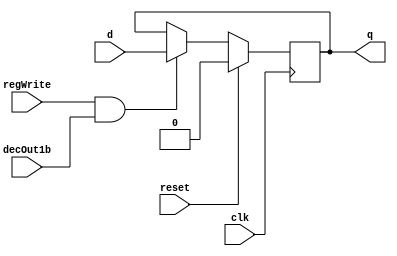
module D_ff( input clk, input reset, input regWrite, input decOut1b , input d, output reg q);
    always @ (negedge clk)
    begin
    if(reset==1)
        q=0;
    else
        if(regWrite == 1 && decOut1b==1)
        begin
            q=d;
        end
    end
endmodule

//D flip flip for Instruction Memory
module D_ff_IM(input clk, input reset, input d, output reg q);
	always@(reset or posedge clk)
	if(reset)
		q=d;
endmodule


// select 0 = in0 1 = in1
module mux2to1_5bit(input [4:0] in0, input [4:0] in1, input select, output reg [4:0] muxOut);
  always@(in0 or in1 or select)
  begin
    if(select == 1'b0)
      muxOut = in0;

    else if(select == 1'b1)
      muxOut = in1;
  end
endmodule

// select 0 = in0 1 = in1
module mux2to1_32bit(input [31:0] in0, input [31:0] in1, input select, output reg [31:0] muxOut);
  always@(in0 or in1 or select)
  begin
    if(select == 1'b0)
      muxOut = in0;

	else if(select == 1'b1)
      muxOut = in1;
  end
endmodule

module mux32to1_32bit(input[31:0] in0, input[31:0] in1, input[31:0] in2, input[31:0] in3, input[31:0] in4, input[31:0] in5, input[31:0] in6, input[31:0] in7,
    input[31:0] in8, input[31:0] in9, input[31:0] in10, input[31:0] in11, input[31:0] in12, input[31:0] in13, input[31:0] in14, input[31:0] in15,
    input[31:0] in16, input[31:0] in17, input[31:0] in18, input[31:0] in19, input[31:0] in20, input[31:0] in21, input[31:0] in22, input[31:0] in23,
    input[31:0] in24, input[31:0] in25, input[31:0] in26, input[31:0] in27, input[31:0] in28, input[31:0] in29, input[31:0] in30, input[31:0] in31,
    input[4:0] select,output reg[31:0] muxOut);
  
   always@(in0 or in1 or in2 or in3 or in4 or in5 or in6 or in7 or in8 or in9 or in10 or in11 or in12
      or in13 or in14 or in15 or in16 or in17 or in18 or in19 or in20 or in21 or in22 or in23 or in24
       or in25 or in26 or in27 or in28 or in29 or in30 or in31 or select)
   begin
      case(select)
        5'b00000: begin muxOut = in0; end
        5'b00001: begin muxOut = in1; end
        5'b00010: begin muxOut = in2; end
        5'b00011: begin muxOut = in3; end
        5'b00100: begin muxOut = in4; end
        5'b00101: begin muxOut = in5; end
        5'b00110: begin muxOut = in6; end
        5'b00111: begin muxOut = in7; end
        5'b01000: begin muxOut = in8; end
        5'b01001: begin muxOut = in9; end
        5'b01010: begin muxOut = in10; end
        5'b01011: begin muxOut = in11; end
        5'b01100: begin muxOut = in12; end
        5'b01101: begin muxOut = in13; end
        5'b01110: begin muxOut = in14; end
        5'b01111: begin muxOut = in15; end
        5'b10000: begin muxOut = in16; end
        5'b10001: begin muxOut = in17; end
        5'b10010: begin muxOut = in18; end
        5'b10011: begin muxOut = in19; end
        5'b10100: begin muxOut = in20; end
        5'b10101: begin muxOut = in21; end
        5'b10110: begin muxOut = in22; end
        5'b10111: begin muxOut = in23; end
        5'b11000: begin muxOut = in24; end
        5'b11001: begin muxOut = in25; end
        5'b11010: begin muxOut = in26; end
        5'b11011: begin muxOut = in27; end
        5'b11100: begin muxOut = in28; end
        5'b11101: begin muxOut = in29; end
        5'b11110: begin muxOut = in30; end
        5'b11111: begin muxOut = in31; end
      endcase
    end
endmodule

// mux to be used in Instruction Memory and Data Memory
module mux128to1_IM_DM(input [7:0] in0,   input [7:0] in1,   input [7:0] in2,   input [7:0] in3,
                    input [7:0] in4,   input [7:0] in5,   input [7:0] in6,   input [7:0] in7,
                    input [7:0] in8,   input [7:0] in9,   input [7:0] in10,  input [7:0] in11,
                    input [7:0] in12,  input [7:0] in13,  input [7:0] in14,  input [7:0] in15,
                    input [7:0] in16,  input [7:0] in17,  input [7:0] in18,  input [7:0] in19,
                    input [7:0] in20,  input [7:0] in21,  input [7:0] in22,  input [7:0] in23,
                    input [7:0] in24,  input [7:0] in25,  input [7:0] in26,  input [7:0] in27,
                    input [7:0] in28,  input [7:0] in29,  input [7:0] in30,  input [7:0] in31,
                    input [7:0] in32,  input [7:0] in33,  input [7:0] in34,  input [7:0] in35,
                    input [7:0] in36,  input [7:0] in37,  input [7:0] in38,  input [7:0] in39,
                    input [7:0] in40,  input [7:0] in41,  input [7:0] in42,  input [7:0] in43,
                    input [7:0] in44,  input [7:0] in45,  input [7:0] in46,  input [7:0] in47,
                    input [7:0] in48,  input [7:0] in49,  input [7:0] in50,  input [7:0] in51,
                    input [7:0] in52,  input [7:0] in53,  input [7:0] in54,  input [7:0] in55,
                    input [7:0] in56,  input [7:0] in57,  input [7:0] in58,  input [7:0] in59,
                    input [7:0] in60,  input [7:0] in61,  input [7:0] in62,  input [7:0] in63,
                    input [7:0] in64,  input [7:0] in65,  input [7:0] in66,  input [7:0] in67,
                    input [7:0] in68,  input [7:0] in69,  input [7:0] in70,  input [7:0] in71,
                    input [7:0] in72,  input [7:0] in73,  input [7:0] in74,  input [7:0] in75,
                    input [7:0] in76,  input [7:0] in77,  input [7:0] in78,  input [7:0] in79,
                    input [7:0] in80,  input [7:0] in81,  input [7:0] in82,  input [7:0] in83,
                    input [7:0] in84,  input [7:0] in85,  input [7:0] in86,  input [7:0] in87,
                    input [7:0] in88,  input [7:0] in89,  input [7:0] in90,  input [7:0] in91,
                    input [7:0] in92,  input [7:0] in93,  input [7:0] in94,  input [7:0] in95,
                    input [7:0] in96,  input [7:0] in97,  input [7:0] in98,  input [7:0] in99,
                    input [7:0] in100, input [7:0] in101, input [7:0] in102, input [7:0] in103,
                    input [7:0] in104, input [7:0] in105, input [7:0] in106, input [7:0] in107,
                    input [7:0] in108, input [7:0] in109, input [7:0] in110, input [7:0] in111,
                    input [7:0] in112, input [7:0] in113, input [7:0] in114, input [7:0] in115,
                    input [7:0] in116, input [7:0] in117, input [7:0] in118, input [7:0] in119,
                    input [7:0] in120, input [7:0] in121, input [7:0] in122, input [7:0] in123,
                    input [7:0] in124, input [7:0] in125, input [7:0] in126, input [7:0] in127,
                    input [4:0] select, output reg [31:0] muxOut);
    always@(in0,   in1,   in2,   in3,   in4,   in5,   in6,   in7,
            in8,   in9,   in10,  in11,  in12,  in13,  in14,  in15,
            in16,  in17,  in18,  in19,  in20,  in21,  in22,  in23,
            in24,  in25,  in26,  in27,  in28,  in29,  in30,  in31,
            in32,  in33,  in34,  in35,  in36,  in37,  in38,  in39,
            in40,  in41,  in42,  in43,  in44,  in45,  in46,  in47,
            in48,  in49,  in50,  in51,  in52,  in53,  in54,  in55,
            in56,  in57,  in58,  in59,  in60,  in61,  in62,  in63,
            in64,  in65,  in66,  in67,  in68,  in69,  in70,  in71,
            in72,  in73,  in74,  in75,  in76,  in77,  in78,  in79,
            in80,  in81,  in82,  in83,  in84,  in85,  in86,  in87,
            in88,  in89,  in90,  in91,  in92,  in93,  in94,  in95,
            in96,  in97,  in98,  in99,  in100, in101, in102, in103,
            in104, in105, in106, in107, in108, in109, in110, in111,
            in112, in113, in114, in115, in116, in117, in118, in119,
            in120, in121, in122, in123, in124, in125, in126, in127,
            select)
	begin
        case(select)
			5'd0: muxOut = {in0,in1,in2,in3};
			5'd1: muxOut = {in4,in5,in6,in7};
			5'd2: muxOut = {in8,in9,in10,in11};
			5'd3: muxOut = {in12,in13,in14,in15};
			5'd4: muxOut = {in16,in17,in18,in19};
			5'd5: muxOut = {in20,in21,in22,in23};
			5'd6: muxOut = {in24,in25,in26,in27};
			5'd7: muxOut = {in28,in29,in30,in31};
			5'd8: muxOut = {in32,in33,in34,in35};
			5'd9: muxOut = {in36,in37,in38,in39};
			5'd10: muxOut = {in40,in41,in42,in43};
			5'd11: muxOut = {in44,in45,in46,in47};
			5'd12: muxOut = {in48,in49,in50,in51};
			5'd13: muxOut = {in52,in53,in54,in55};
			5'd14: muxOut = {in56,in57,in58,in59};
			5'd15: muxOut = {in60,in61,in62,in63};
			5'd16: muxOut = {in64,in65,in66,in67};
			5'd17: muxOut = {in68,in69,in70,in71};
			5'd18: muxOut = {in72,in73,in74,in75};
			5'd19: muxOut = {in76,in77,in78,in79};
			5'd20: muxOut = {in80,in81,in82,in83};
			5'd21: muxOut = {in84,in85,in86,in87};
			5'd22: muxOut = {in88,in89,in90,in91};
			5'd23: muxOut = {in92,in93,in94,in95};
			5'd24: muxOut = {in96,in97,in98,in99};
			5'd25: muxOut = {in100,in101,in102,in103};
			5'd26: muxOut = {in104,in105,in106,in107};
			5'd27: muxOut = {in108,in109,in110,in111};
			5'd28: muxOut = {in112,in113,in114,in115};
			5'd29: muxOut = {in116,in117,in118,in119};
			5'd30: muxOut = {in120,in121,in122,in123};
			5'd31: muxOut = {in124,in125,in126,in127};
        endcase
    end
endmodule

//Active high decoder
module decoder_5to32(input[4:0] in, output reg[31:0] decOut);

    always@(in)
    begin
      case(in)
      5'b00000: begin decOut = 32'b00000000000000000000000000000001; end
      5'b00001: begin decOut = 32'b00000000000000000000000000000010; end
      5'b00010: begin decOut = 32'b00000000000000000000000000000100; end
      5'b00011: begin decOut = 32'b00000000000000000000000000001000; end
      5'b00100: begin decOut = 32'b00000000000000000000000000010000; end
      5'b00101: begin decOut = 32'b00000000000000000000000000100000; end
      5'b00110: begin decOut = 32'b00000000000000000000000001000000; end
      5'b00111: begin decOut = 32'b00000000000000000000000010000000; end
      5'b01000: begin decOut = 32'b00000000000000000000000100000000; end
      5'b01001: begin decOut = 32'b00000000000000000000001000000000; end
      5'b01010: begin decOut = 32'b00000000000000000000010000000000; end
      5'b01011: begin decOut = 32'b00000000000000000000100000000000; end
      5'b01100: begin decOut = 32'b00000000000000000001000000000000; end
      5'b01101: begin decOut = 32'b00000000000000000010000000000000; end
      5'b01110: begin decOut = 32'b00000000000000000100000000000000; end
      5'b01111: begin decOut = 32'b00000000000000001000000000000000; end
      5'b10000: begin decOut = 32'b00000000000000010000000000000000; end
      5'b10001: begin decOut = 32'b00000000000000100000000000000000; end
      5'b10010: begin decOut = 32'b00000000000001000000000000000000; end
      5'b10011: begin decOut = 32'b00000000000010000000000000000000; end
      5'b10100: begin decOut = 32'b00000000000100000000000000000000; end
      5'b10101: begin decOut = 32'b00000000001000000000000000000000; end
      5'b10110: begin decOut = 32'b00000000010000000000000000000000; end
      5'b10111: begin decOut = 32'b00000000100000000000000000000000; end
      5'b11000: begin decOut = 32'b00000001000000000000000000000000; end
      5'b11001: begin decOut = 32'b00000010000000000000000000000000; end
      5'b11010: begin decOut = 32'b00000100000000000000000000000000; end
      5'b11011: begin decOut = 32'b00001000000000000000000000000000; end
      5'b11100: begin decOut = 32'b00010000000000000000000000000000; end
      5'b11101: begin decOut = 32'b00100000000000000000000000000000; end
      5'b11110: begin decOut = 32'b01000000000000000000000000000000; end
      5'b11111: begin decOut = 32'b10000000000000000000000000000000; end
      endcase
    end
endmodule

// Creates a 32 bit register
module register32bit(input clk, input reset, input regWrite, input decoderOut1bit, input[31:0] writeData, output[31:0] regOut);
//A N-bit register consists of N D flip-flops, each storing a bit of data.
//In this case, there will be 32 instances of D_ff, each taking writeData[0]...[31] as the d input and regOut[0]...[31] as the q output

	D_ff G1(clk,reset, regWrite, decoderOut1bit, writeData[0] , regOut[0]);
	D_ff G2(clk,reset, regWrite, decoderOut1bit, writeData[1] , regOut[1]);
	D_ff G3(clk,reset, regWrite, decoderOut1bit, writeData[2] , regOut[2]);
	D_ff G4(clk,reset, regWrite, decoderOut1bit, writeData[3] , regOut[3]);
	D_ff G5(clk,reset, regWrite, decoderOut1bit, writeData[4] , regOut[4]);
	D_ff G6(clk,reset, regWrite, decoderOut1bit, writeData[5] , regOut[5]);
	D_ff G7(clk,reset, regWrite, decoderOut1bit, writeData[6] , regOut[6]);
	D_ff G8(clk,reset, regWrite, decoderOut1bit, writeData[7] , regOut[7]);
	D_ff G9(clk,reset, regWrite, decoderOut1bit, writeData[8] , regOut[8]);
	D_ff G10(clk,reset, regWrite, decoderOut1bit, writeData[9] , regOut[9]);
	D_ff G11(clk,reset, regWrite, decoderOut1bit, writeData[10] , regOut[10]);
	D_ff G12(clk,reset, regWrite, decoderOut1bit, writeData[11] , regOut[11]);
	D_ff G13(clk,reset, regWrite, decoderOut1bit, writeData[12] , regOut[12]);
	D_ff G14(clk,reset, regWrite, decoderOut1bit, writeData[13] , regOut[13]);
	D_ff G15(clk,reset, regWrite, decoderOut1bit, writeData[14] , regOut[14]);
	D_ff G16(clk,reset, regWrite, decoderOut1bit, writeData[15] , regOut[15]);
	D_ff G17(clk,reset, regWrite, decoderOut1bit, writeData[16] , regOut[16]);
	D_ff G18(clk,reset, regWrite, decoderOut1bit, writeData[17] , regOut[17]);
	D_ff G19(clk,reset, regWrite, decoderOut1bit, writeData[18] , regOut[18]);
	D_ff G20(clk,reset, regWrite, decoderOut1bit, writeData[19] , regOut[19]);
	D_ff G21(clk,reset, regWrite, decoderOut1bit, writeData[20] , regOut[20]);
	D_ff G22(clk,reset, regWrite, decoderOut1bit, writeData[21] , regOut[21]);
	D_ff G23(clk,reset, regWrite, decoderOut1bit, writeData[22] , regOut[22]);
	D_ff G24(clk,reset, regWrite, decoderOut1bit, writeData[23] , regOut[23]);
	D_ff G25(clk,reset, regWrite, decoderOut1bit, writeData[24] , regOut[24]);
	D_ff G26(clk,reset, regWrite, decoderOut1bit, writeData[25] , regOut[25]);
	D_ff G27(clk,reset, regWrite, decoderOut1bit, writeData[26] , regOut[26]);
	D_ff G28(clk,reset, regWrite, decoderOut1bit, writeData[27] , regOut[27]);
	D_ff G29(clk,reset, regWrite, decoderOut1bit, writeData[28] , regOut[28]);
	D_ff G30(clk,reset, regWrite, decoderOut1bit, writeData[29] , regOut[29]);
	D_ff G31(clk,reset, regWrite, decoderOut1bit, writeData[30] , regOut[30]);
	D_ff G32(clk,reset, regWrite, decoderOut1bit, writeData[31] , regOut[31]);

endmodule

//register for Instruction Memory
module register_IM(input clk, input reset, input [7:0] d_in, output [7:0] q_out);
  // register_IM is an 8-bit register

	D_ff_IM dIM0 (clk, reset, d_in[0], q_out[0]);
	D_ff_IM dIM1 (clk, reset, d_in[1], q_out[1]);
	D_ff_IM dIM2 (clk, reset, d_in[2], q_out[2]);
	D_ff_IM dIM3 (clk, reset, d_in[3], q_out[3]);
	D_ff_IM dIM4 (clk, reset, d_in[4], q_out[4]);
	D_ff_IM dIM5 (clk, reset, d_in[5], q_out[5]);
	D_ff_IM dIM6 (clk, reset, d_in[6], q_out[6]);
	D_ff_IM dIM7 (clk, reset, d_in[7], q_out[7]);

endmodule

//register set with 32 registers each of 32 bits
module registerSet(input clk, input reset, input regWrite, input[31:0] decoderOut, input[31:0] writeData,
    output [31:0] outR0, output[31:0] outR1, output[31:0] outR2, output[31:0] outR3, output[31:0] outR4, output[31:0] outR5, output[31:0] outR6, 
    output[31:0] outR7, output [31:0] outR8, output[31:0] outR9, output[31:0] outR10, output[31:0] outR11, output[31:0] outR12, output[31:0] outR13, 
    output[31:0] outR14, output[31:0] outR15, output [31:0] outR16, output[31:0] outR17, output[31:0] outR18, output[31:0] outR19, output[31:0] outR20, 
    output[31:0] outR21, output[31:0] outR22, output[31:0] outR23, output [31:0] outR24, output[31:0] outR25, output[31:0] outR26, output[31:0] outR27,
    output[31:0] outR28, output[31:0] outR29, output[31:0] outR30, output[31:0] outR31);
   
    register32bit G32(clk, reset, regWrite , decoderOut[0] , writeData , outR0);
    register32bit G33(clk, reset, regWrite , decoderOut[1] , writeData , outR1);
    register32bit G34(clk, reset, regWrite , decoderOut[2] , writeData , outR2);
    register32bit G35(clk, reset, regWrite , decoderOut[3] , writeData , outR3);
    register32bit G36(clk, reset, regWrite , decoderOut[4] , writeData , outR4);
    register32bit G37(clk, reset, regWrite , decoderOut[5] , writeData , outR5);
    register32bit G38(clk, reset, regWrite , decoderOut[6] , writeData , outR6);
    register32bit G39(clk, reset, regWrite , decoderOut[7] , writeData , outR7);
    register32bit G40(clk, reset, regWrite , decoderOut[8] , writeData , outR8);
    register32bit G41(clk, reset, regWrite , decoderOut[9] , writeData , outR9);
    register32bit G42(clk, reset, regWrite , decoderOut[10] , writeData , outR10);
    register32bit G43(clk, reset, regWrite , decoderOut[11] , writeData , outR11);
    register32bit G44(clk, reset, regWrite , decoderOut[12] , writeData , outR12);
    register32bit G45(clk, reset, regWrite , decoderOut[13] , writeData , outR13);
    register32bit G46(clk, reset, regWrite , decoderOut[14] , writeData , outR14);
    register32bit G47(clk, reset, regWrite , decoderOut[15] , writeData , outR15);
    register32bit G48(clk, reset, regWrite , decoderOut[16] , writeData , outR16);
    register32bit G49(clk, reset, regWrite , decoderOut[17] , writeData , outR17);
    register32bit G50(clk, reset, regWrite , decoderOut[18] , writeData , outR18);
    register32bit G51(clk, reset, regWrite , decoderOut[19] , writeData , outR19);
    register32bit G52(clk, reset, regWrite , decoderOut[20] , writeData , outR20);
    register32bit G53(clk, reset, regWrite , decoderOut[21] , writeData , outR21);
    register32bit G54(clk, reset, regWrite , decoderOut[22] , writeData , outR22);
    register32bit G55(clk, reset, regWrite , decoderOut[23] , writeData , outR23);
    register32bit G56(clk, reset, regWrite , decoderOut[24] , writeData , outR24);
    register32bit G57(clk, reset, regWrite , decoderOut[25] , writeData , outR25);
    register32bit G58(clk, reset, regWrite , decoderOut[26] , writeData , outR26);
    register32bit G59(clk, reset, regWrite , decoderOut[27] , writeData , outR27);
    register32bit G60(clk, reset, regWrite , decoderOut[28] , writeData , outR28);
    register32bit G61(clk, reset, regWrite , decoderOut[29] , writeData , outR29);
    register32bit G62(clk, reset, regWrite , decoderOut[30] , writeData , outR30);
    register32bit G63(clk, reset, regWrite , decoderOut[31] , writeData , outR31);

endmodule

//register file for single cycle
module registerFile(input clk, input reset, input regWrite, input[4:0] rs, input[4:0] rt, input[4:0] rd, input[31:0] writeData, output[31:0] regRs, 
  output[31:0] regRt);

    wire [31:0]decOut;
    wire [31:0] outR0, outR1, outR2, outR3, outR4, outR5, outR6, outR7, outR8, outR9, outR10, outR11, outR12, outR13, outR14, outR15, outR16, outR17, 
    outR18, outR19, outR20, outR21, outR22, outR23, outR24, outR25, outR26, outR27, outR28, outR29, outR30 , outR31;

    decoder_5to32 G65(rd , decOut);
    registerSet G66(clk,reset,regWrite,decOut,writeData, outR0,outR1,outR2,outR3,outR4,outR5,outR6,outR7,outR8
                    ,outR9,outR10,outR11,outR12,outR13,outR14,outR15,outR16,outR17,outR18,outR19,outR20,outR21
                    ,outR22,outR23,outR24,outR25,outR26,outR27,outR28,outR29,outR30,outR31);

    mux32to1_32bit G67(outR0,outR1,outR2,outR3,outR4,outR5,outR6,outR7,outR8
                    ,outR9,outR10,outR11,outR12,outR13,outR14,outR15,outR16,outR17,outR18,outR19,outR20,outR21
                    ,outR22,outR23,outR24,outR25,outR26,outR27,outR28,outR29,outR30,outR31 , rs , regRs);

    mux32to1_32bit G68(outR0,outR1,outR2,outR3,outR4,outR5,outR6,outR7,outR8
                      ,outR9,outR10,outR11,outR12,outR13,outR14,outR15,outR16,outR17,outR18,outR19,outR20,outR21
                      ,outR22,outR23,outR24,outR25,outR26,outR27,outR28,outR29,outR30,outR31 , rt , regRt);

endmodule


//instruction memory for single cycle
module IM(input clk, input reset, input [4:0] pc_5bits, output [31:0] IR);
    wire [7:0] outR0,   outR1,   outR2,   outR3,   outR4,   outR5,   outR6,   outR7,
               outR8,   outR9,   outR10,  outR11,  outR12,  outR13,  outR14,  outR15,
               outR16,  outR17,  outR18,  outR19,  outR20,  outR21,  outR22,  outR23,
               outR24,  outR25,  outR26,  outR27,  outR28,  outR29,  outR30,  outR31,
               outR32,  outR33,  outR34,  outR35,  outR36,  outR37,  outR38,  outR39,
               outR40,  outR41,  outR42,  outR43,  outR44,  outR45,  outR46,  outR47,
               outR48,  outR49,  outR50,  outR51,  outR52,  outR53,  outR54,  outR55,
               outR56,  outR57,  outR58,  outR59,  outR60,  outR61,  outR62,  outR63,
               outR64,  outR65,  outR66,  outR67,  outR68,  outR69,  outR70,  outR71,
               outR72,  outR73,  outR74,  outR75,  outR76,  outR77,  outR78,  outR79,
               outR80,  outR81,  outR82,  outR83,  outR84,  outR85,  outR86,  outR87,
               outR88,  outR89,  outR90,  outR91,  outR92,  outR93,  outR94,  outR95,
               outR96,  outR97,  outR98,  outR99,  outR100, outR101, outR102, outR103,
               outR104, outR105, outR106, outR107, outR108, outR109, outR110, outR111,
               outR112, outR113, outR114, outR115, outR116, outR117, outR118, outR119,
               outR120, outR121, outR122, outR123, outR124, outR125, outR126, outR127;


register_IM rIM0   (clk, reset, 8'h20, outR0);  // addi $t0 , $zero , 32
register_IM rIM1   (clk, reset, 8'h08, outR1);
register_IM rIM2   (clk, reset, 8'h00, outR2);
register_IM rIM3   (clk, reset, 8'h20, outR3);
register_IM rIM4   (clk, reset, 8'h20, outR4);  // addi $t1 , $zero , 55
register_IM rIM5   (clk, reset, 8'h09, outR5);
register_IM rIM6   (clk, reset, 8'h00, outR6);
register_IM rIM7   (clk, reset, 8'h37, outR7);
register_IM rIM8   (clk, reset, 8'h01, outR8);  // and $s0 , $t0 , $t1
register_IM rIM9   (clk, reset, 8'h09, outR9);
register_IM rIM10  (clk, reset, 8'h80, outR10);
register_IM rIM11  (clk, reset, 8'h24, outR11);
register_IM rIM12  (clk, reset, 8'hAC, outR12); // sw $s0 , 4($zero)
register_IM rIM13  (clk, reset, 8'h10, outR13);
register_IM rIM14  (clk, reset, 8'h00, outR14);
register_IM rIM15  (clk, reset, 8'h04, outR15);
register_IM rIM16  (clk, reset, 8'hAC, outR16); // sw $t0 , 8($zero)
register_IM rIM17  (clk, reset, 8'h08, outR17);
register_IM rIM18  (clk, reset, 8'h00, outR18);
register_IM rIM19  (clk, reset, 8'h08, outR19);
register_IM rIM20  (clk, reset, 8'h8C, outR20); // lw $s1 , 4($zero)
register_IM rIM21  (clk, reset, 8'h11, outR21);
register_IM rIM22  (clk, reset, 8'h00, outR22);
register_IM rIM23  (clk, reset, 8'h04, outR23);
register_IM rIM24  (clk, reset, 8'h8C, outR24); // lw $s3 , 8($zero)
register_IM rIM25  (clk, reset, 8'h13, outR25);
register_IM rIM26  (clk, reset, 8'h00, outR26);
register_IM rIM27  (clk, reset, 8'h08, outR27);
register_IM rIM28  (clk, reset, 8'h12, outR28); // beq $s1 , $s3 , error
register_IM rIM29  (clk, reset, 8'h13, outR29);
register_IM rIM30  (clk, reset, 8'h00, outR30);
register_IM rIM31  (clk, reset, 8'h0A, outR31);
register_IM rIM32  (clk, reset, 8'h00, outR32);
register_IM rIM33  (clk, reset, 8'h00, outR33);
register_IM rIM34  (clk, reset, 8'h00, outR34);
register_IM rIM35  (clk, reset, 8'h00, outR35);
register_IM rIM36  (clk, reset, 8'h00, outR36);
register_IM rIM37  (clk, reset, 8'h00, outR37);
register_IM rIM38  (clk, reset, 8'h00, outR38);
register_IM rIM39  (clk, reset, 8'h00, outR39);
register_IM rIM40  (clk, reset, 8'h00, outR40);
register_IM rIM41  (clk, reset, 8'h00, outR41);
register_IM rIM42  (clk, reset, 8'h00, outR42);
register_IM rIM43  (clk, reset, 8'h00, outR43);
register_IM rIM44  (clk, reset, 8'h00, outR44);
register_IM rIM45  (clk, reset, 8'h00, outR45);
register_IM rIM46  (clk, reset, 8'h00, outR46);
register_IM rIM47  (clk, reset, 8'h00, outR47);
register_IM rIM48  (clk, reset, 8'h00, outR48);
register_IM rIM49  (clk, reset, 8'h00, outR49);
register_IM rIM50  (clk, reset, 8'h00, outR50);
register_IM rIM51  (clk, reset, 8'h00, outR51);
register_IM rIM52  (clk, reset, 8'h00, outR52);
register_IM rIM53  (clk, reset, 8'h00, outR53);
register_IM rIM54  (clk, reset, 8'h00, outR54);
register_IM rIM55  (clk, reset, 8'h00, outR55);
register_IM rIM56  (clk, reset, 8'h00, outR56);
register_IM rIM57  (clk, reset, 8'h00, outR57);
register_IM rIM58  (clk, reset, 8'h00, outR58);
register_IM rIM59  (clk, reset, 8'h00, outR59);
register_IM rIM60  (clk, reset, 8'h00, outR60);
register_IM rIM61  (clk, reset, 8'h00, outR61);
register_IM rIM62  (clk, reset, 8'h00, outR62);
register_IM rIM63  (clk, reset, 8'h00, outR63);
register_IM rIM64  (clk, reset, 8'h00, outR64);
register_IM rIM65  (clk, reset, 8'h00, outR65);
register_IM rIM66  (clk, reset, 8'h00, outR66);
register_IM rIM67  (clk, reset, 8'h00, outR67);
register_IM rIM68  (clk, reset, 8'h00, outR68);
register_IM rIM69  (clk, reset, 8'h00, outR69);
register_IM rIM70  (clk, reset, 8'h00, outR70);
register_IM rIM71  (clk, reset, 8'h00, outR71);
register_IM rIM72  (clk, reset, 8'h20, outR72);//addi $t0 , $0 , 3 (error)
register_IM rIM73  (clk, reset, 8'h08, outR73);
register_IM rIM74  (clk, reset, 8'h00, outR74);
register_IM rIM75  (clk, reset, 8'h03, outR75);
register_IM rIM76  (clk, reset, 8'h20, outR76);//addi $t1 , $0 , 2
register_IM rIM77  (clk, reset, 8'h09, outR77);
register_IM rIM78  (clk, reset, 8'h00, outR78);
register_IM rIM79  (clk, reset, 8'h02, outR79);
register_IM rIM80  (clk, reset, 8'h08, outR80);//j Exit
register_IM rIM81  (clk, reset, 8'h00, outR81);
register_IM rIM82  (clk, reset, 8'h00, outR82);
register_IM rIM83  (clk, reset, 8'h1F, outR83);
register_IM rIM84  (clk, reset, 8'h00, outR84);
register_IM rIM85  (clk, reset, 8'h00, outR85);
register_IM rIM86  (clk, reset, 8'h00, outR86);
register_IM rIM87  (clk, reset, 8'h00, outR87);
register_IM rIM88  (clk, reset, 8'h00, outR88);
register_IM rIM89  (clk, reset, 8'h00, outR89);
register_IM rIM90  (clk, reset, 8'h00, outR90);
register_IM rIM91  (clk, reset, 8'h00, outR91);
register_IM rIM92  (clk, reset, 8'h00, outR92);
register_IM rIM93  (clk, reset, 8'h00, outR93);
register_IM rIM94  (clk, reset, 8'h00, outR94);
register_IM rIM95  (clk, reset, 8'h00, outR95);
register_IM rIM96  (clk, reset, 8'h00, outR96);
register_IM rIM97  (clk, reset, 8'h00, outR97);
register_IM rIM98  (clk, reset, 8'h00, outR98);
register_IM rIM99  (clk, reset, 8'h00, outR99);
register_IM rIM100 (clk, reset, 8'h00, outR100);
register_IM rIM101 (clk, reset, 8'h00, outR101);
register_IM rIM102 (clk, reset, 8'h00, outR102);
register_IM rIM103 (clk, reset, 8'h00, outR103);
register_IM rIM104 (clk, reset, 8'h00, outR104);
register_IM rIM105 (clk, reset, 8'h00, outR105);
register_IM rIM106 (clk, reset, 8'h00, outR106);
register_IM rIM107 (clk, reset, 8'h00, outR107);
register_IM rIM108 (clk, reset, 8'h00, outR108);
register_IM rIM109 (clk, reset, 8'h00, outR109);
register_IM rIM110 (clk, reset, 8'h00, outR110);
register_IM rIM111 (clk, reset, 8'h00, outR111);
register_IM rIM112 (clk, reset, 8'h00, outR112);
register_IM rIM113 (clk, reset, 8'h00, outR113);
register_IM rIM114 (clk, reset, 8'h00, outR114);
register_IM rIM115 (clk, reset, 8'h00, outR115);
register_IM rIM116 (clk, reset, 8'h00, outR116);
register_IM rIM117 (clk, reset, 8'h00, outR117);
register_IM rIM118 (clk, reset, 8'h00, outR118);
register_IM rIM119 (clk, reset, 8'h00, outR119);
register_IM rIM120 (clk, reset, 8'h00, outR120);
register_IM rIM121 (clk, reset, 8'h00, outR121);
register_IM rIM122 (clk, reset, 8'h00, outR122);
register_IM rIM123 (clk, reset, 8'h00, outR123);
register_IM rIM124 (clk, reset, 8'h01, outR124); //slt $t2 ,$t0 , $t1 (Exit)
register_IM rIM125 (clk, reset, 8'h09, outR125);
register_IM rIM126 (clk, reset, 8'h50, outR126);
register_IM rIM127 (clk, reset, 8'h2A, outR127);


    mux128to1_IM_DM muxIM (outR0,   outR1,   outR2,   outR3,   outR4,   outR5,   outR6,   outR7,
                        outR8,   outR9,   outR10,  outR11,  outR12,  outR13,  outR14,  outR15,
                        outR16,  outR17,  outR18,  outR19,  outR20,  outR21,  outR22,  outR23,
                        outR24,  outR25,  outR26,  outR27,  outR28,  outR29,  outR30,  outR31,
                        outR32,  outR33,  outR34,  outR35,  outR36,  outR37,  outR38,  outR39,
                        outR40,  outR41,  outR42,  outR43,  outR44,  outR45,  outR46,  outR47,
                        outR48,  outR49,  outR50,  outR51,  outR52,  outR53,  outR54,  outR55,
                        outR56,  outR57,  outR58,  outR59,  outR60,  outR61,  outR62,  outR63,
                        outR64,  outR65,  outR66,  outR67,  outR68,  outR69,  outR70,  outR71,
                        outR72,  outR73,  outR74,  outR75,  outR76,  outR77,  outR78,  outR79,
                        outR80,  outR81,  outR82,  outR83,  outR84,  outR85,  outR86,  outR87,
                        outR88,  outR89,  outR90,  outR91,  outR92,  outR93,  outR94,  outR95,
                        outR96,  outR97,  outR98,  outR99,  outR100, outR101, outR102, outR103,
                        outR104, outR105, outR106, outR107, outR108, outR109, outR110, outR111,
                        outR112, outR113, outR114, outR115, outR116, outR117, outR118, outR119,
                        outR120, outR121, outR122, outR123, outR124, outR125, outR126, outR127,
                        pc_5bits, IR);
endmodule


//D flip flop for Data Memory
//works on negative edge of clock
// if reset is set make output 0
// else make it d when both regwrite and decOut1b are set.
module Dff_DM(input clk, input reset, input regWrite, input decOut1b , input d, output reg q);
//WRITE CODE HERE
  
  always @ (negedge clk)
    begin
    if(reset==1)
        q=0;
    else
        if(regWrite == 1 && decOut1b==1)
        begin
            q=d;
        end
    end

endmodule


//register for Data Memory
//use D flip flops for DM defined above
module register8bit_DM(input clk, input reset, input regWrite, input decOut1b, input [7:0] inR, output [7:0] outR);
// WRITE CODE HERE

  Dff_DM dm1 (clk, reset, regWrite, decOut1b, inR[0], outR[0]);
  Dff_DM dm2 (clk, reset, regWrite, decOut1b, inR[1], outR[1]);
  Dff_DM dm3 (clk, reset, regWrite, decOut1b, inR[2], outR[2]);
  Dff_DM dm4 (clk, reset, regWrite, decOut1b, inR[3], outR[3]);
  Dff_DM dm5 (clk, reset, regWrite, decOut1b, inR[4], outR[4]);
  Dff_DM dm6 (clk, reset, regWrite, decOut1b, inR[5], outR[5]);
  Dff_DM dm7 (clk, reset, regWrite, decOut1b, inR[6], outR[6]);
  Dff_DM dm8 (clk, reset, regWrite, decOut1b, inR[7], outR[7]);
  
endmodule

// Data Memory for single cycle
// since address line is 5 bits i.e. 32 registers of 32 bit each is required
// we have defined 8 bit register_DM above, hence we require 4 of them for each 32 bit to store
// Remember data is stored in Big endian form in MIPS
module DM(input clk, input reset, input memWrite, input memRead, input [4:0] address, input [31:0] writeData , output [31:0] read_data);
// WRITE CODE HERE
    wire [31:0] decOut, outmux;
    decoder_5to32 dec (address, decOut);

    wire [7:0] outR0,   outR1,   outR2,   outR3,   outR4,   outR5,   outR6,   outR7,
               outR8,   outR9,   outR10,  outR11,  outR12,  outR13,  outR14,  outR15,
               outR16,  outR17,  outR18,  outR19,  outR20,  outR21,  outR22,  outR23,
               outR24,  outR25,  outR26,  outR27,  outR28,  outR29,  outR30,  outR31,
               outR32,  outR33,  outR34,  outR35,  outR36,  outR37,  outR38,  outR39,
               outR40,  outR41,  outR42,  outR43,  outR44,  outR45,  outR46,  outR47,
               outR48,  outR49,  outR50,  outR51,  outR52,  outR53,  outR54,  outR55,
               outR56,  outR57,  outR58,  outR59,  outR60,  outR61,  outR62,  outR63,
               outR64,  outR65,  outR66,  outR67,  outR68,  outR69,  outR70,  outR71,
               outR72,  outR73,  outR74,  outR75,  outR76,  outR77,  outR78,  outR79,
               outR80,  outR81,  outR82,  outR83,  outR84,  outR85,  outR86,  outR87,
               outR88,  outR89,  outR90,  outR91,  outR92,  outR93,  outR94,  outR95,
               outR96,  outR97,  outR98,  outR99,  outR100, outR101, outR102, outR103,
               outR104, outR105, outR106, outR107, outR108, outR109, outR110, outR111,
               outR112, outR113, outR114, outR115, outR116, outR117, outR118, outR119,
               outR120, outR121, outR122, outR123, outR124, outR125, outR126, outR127;  

    register8bit_DM r1_1(clk,reset,memWrite,decOut[0],writeData[31:24],outR0);
    register8bit_DM r1_2(clk,reset,memWrite,decOut[0],writeData[23:16],outR1);
    register8bit_DM r1_3(clk,reset,memWrite,decOut[0],writeData[15:8],outR2);
    register8bit_DM r1_4(clk,reset,memWrite,decOut[0],writeData[7:0],outR3);

    register8bit_DM r2_1(clk,reset,memWrite,decOut[1],writeData[31:24],outR4);
    register8bit_DM r2_2(clk,reset,memWrite,decOut[1],writeData[23:16],outR5);
    register8bit_DM r2_3(clk,reset,memWrite,decOut[1],writeData[15:8],outR6);
    register8bit_DM r2_4(clk,reset,memWrite,decOut[1],writeData[7:0],outR7);

    register8bit_DM r3_1(clk,reset,memWrite,decOut[2],writeData[31:24],outR8);
    register8bit_DM r3_2(clk,reset,memWrite,decOut[2],writeData[23:16],outR9);
    register8bit_DM r3_3(clk,reset,memWrite,decOut[2],writeData[15:8],outR10);
    register8bit_DM r3_4(clk,reset,memWrite,decOut[2],writeData[7:0],outR11);

    register8bit_DM r4_1(clk,reset,memWrite,decOut[3],writeData[31:24],outR12);
    register8bit_DM r4_2(clk,reset,memWrite,decOut[3],writeData[23:16],outR13);
    register8bit_DM r4_3(clk,reset,memWrite,decOut[3],writeData[15:8],outR14);
    register8bit_DM r4_4(clk,reset,memWrite,decOut[3],writeData[7:0],outR15);

    register8bit_DM r5_1(clk,reset,memWrite,decOut[4],writeData[31:24],outR16);
    register8bit_DM r5_2(clk,reset,memWrite,decOut[4],writeData[23:16],outR17);
    register8bit_DM r5_3(clk,reset,memWrite,decOut[4],writeData[15:8],outR18);
    register8bit_DM r5_4(clk,reset,memWrite,decOut[4],writeData[7:0],outR19);

    register8bit_DM r6_1(clk,reset,memWrite,decOut[5],writeData[31:24],outR20);
    register8bit_DM r6_2(clk,reset,memWrite,decOut[5],writeData[23:16],outR21);
    register8bit_DM r6_3(clk,reset,memWrite,decOut[5],writeData[15:8],outR22);
    register8bit_DM r6_4(clk,reset,memWrite,decOut[5],writeData[7:0],outR23);

    register8bit_DM r7_1(clk,reset,memWrite,decOut[6],writeData[31:24],outR24);
    register8bit_DM r7_2(clk,reset,memWrite,decOut[6],writeData[23:16],outR25);
    register8bit_DM r7_3(clk,reset,memWrite,decOut[6],writeData[15:8],outR26);
    register8bit_DM r7_4(clk,reset,memWrite,decOut[6],writeData[7:0],outR27);

    register8bit_DM r8_1(clk,reset,memWrite,decOut[7],writeData[31:24],outR28);
    register8bit_DM r8_2(clk,reset,memWrite,decOut[7],writeData[23:16],outR29);
    register8bit_DM r8_3(clk,reset,memWrite,decOut[7],writeData[15:8],outR30);
    register8bit_DM r8_4(clk,reset,memWrite,decOut[7],writeData[7:0],outR31);

    register8bit_DM r9_1(clk,reset,memWrite,decOut[8],writeData[31:24],outR32);
    register8bit_DM r9_2(clk,reset,memWrite,decOut[8],writeData[23:16],outR33);
    register8bit_DM r9_3(clk,reset,memWrite,decOut[8],writeData[15:8],outR34);
    register8bit_DM r9_4(clk,reset,memWrite,decOut[8],writeData[7:0],outR35);

    register8bit_DM r10_1(clk,reset,memWrite,decOut[9],writeData[31:24],outR36);
    register8bit_DM r10_2(clk,reset,memWrite,decOut[9],writeData[23:16],outR37);
    register8bit_DM r10_3(clk,reset,memWrite,decOut[9],writeData[15:8],outR38);
    register8bit_DM r10_4(clk,reset,memWrite,decOut[9],writeData[7:0],outR39);

    register8bit_DM r11_1(clk,reset,memWrite,decOut[10],writeData[31:24],outR40);
    register8bit_DM r11_2(clk,reset,memWrite,decOut[10],writeData[23:16],outR41);
    register8bit_DM r11_3(clk,reset,memWrite,decOut[10],writeData[15:8],outR42);
    register8bit_DM r11_4(clk,reset,memWrite,decOut[10],writeData[7:0],outR43);

    register8bit_DM r12_1(clk,reset,memWrite,decOut[11],writeData[31:24],outR44);
    register8bit_DM r12_2(clk,reset,memWrite,decOut[11],writeData[23:16],outR45);
    register8bit_DM r12_3(clk,reset,memWrite,decOut[11],writeData[15:8],outR46);
    register8bit_DM r12_4(clk,reset,memWrite,decOut[11],writeData[7:0],outR47);

    register8bit_DM r13_1(clk,reset,memWrite,decOut[12],writeData[31:24],outR48);
    register8bit_DM r13_2(clk,reset,memWrite,decOut[12],writeData[23:16],outR49);
    register8bit_DM r13_3(clk,reset,memWrite,decOut[12],writeData[15:8],outR50);
    register8bit_DM r13_4(clk,reset,memWrite,decOut[12],writeData[7:0],outR51);

    register8bit_DM r14_1(clk,reset,memWrite,decOut[13],writeData[31:24],outR52);
    register8bit_DM r14_2(clk,reset,memWrite,decOut[13],writeData[23:16],outR53);
    register8bit_DM r14_3(clk,reset,memWrite,decOut[13],writeData[15:8],outR54);
    register8bit_DM r14_4(clk,reset,memWrite,decOut[13],writeData[7:0],outR55);

    register8bit_DM r15_1(clk,reset,memWrite,decOut[14],writeData[31:24],outR56);
    register8bit_DM r15_2(clk,reset,memWrite,decOut[14],writeData[23:16],outR57);
    register8bit_DM r15_3(clk,reset,memWrite,decOut[14],writeData[15:8],outR58);
    register8bit_DM r15_4(clk,reset,memWrite,decOut[14],writeData[7:0],outR59);

    register8bit_DM r16_1(clk,reset,memWrite,decOut[15],writeData[31:24],outR60);
    register8bit_DM r16_2(clk,reset,memWrite,decOut[15],writeData[23:16],outR61);
    register8bit_DM r16_3(clk,reset,memWrite,decOut[15],writeData[15:8],outR62);
    register8bit_DM r16_4(clk,reset,memWrite,decOut[15],writeData[7:0],outR63);

    register8bit_DM r17_1(clk,reset,memWrite,decOut[16],writeData[31:24],outR64);
    register8bit_DM r17_2(clk,reset,memWrite,decOut[16],writeData[23:16],outR65);
    register8bit_DM r17_3(clk,reset,memWrite,decOut[16],writeData[15:8],outR66);
    register8bit_DM r17_4(clk,reset,memWrite,decOut[16],writeData[7:0],outR67);

    register8bit_DM r18_1(clk,reset,memWrite,decOut[17],writeData[31:24],outR68);
    register8bit_DM r18_2(clk,reset,memWrite,decOut[17],writeData[23:16],outR69);
    register8bit_DM r18_3(clk,reset,memWrite,decOut[17],writeData[15:8],outR70);
    register8bit_DM r18_4(clk,reset,memWrite,decOut[17],writeData[7:0],outR71);

    register8bit_DM r19_1(clk,reset,memWrite,decOut[18],writeData[31:24],outR72);
    register8bit_DM r19_2(clk,reset,memWrite,decOut[18],writeData[23:16],outR73);
    register8bit_DM r19_3(clk,reset,memWrite,decOut[18],writeData[15:8],outR74);
    register8bit_DM r19_4(clk,reset,memWrite,decOut[18],writeData[7:0],outR75);

    register8bit_DM r20_1(clk,reset,memWrite,decOut[19],writeData[31:24],outR76);
    register8bit_DM r20_2(clk,reset,memWrite,decOut[19],writeData[23:16],outR77);
    register8bit_DM r20_3(clk,reset,memWrite,decOut[19],writeData[15:8],outR78);
    register8bit_DM r20_4(clk,reset,memWrite,decOut[19],writeData[7:0],outR79);

    register8bit_DM r21_1(clk,reset,memWrite,decOut[20],writeData[31:24],outR80);
    register8bit_DM r21_2(clk,reset,memWrite,decOut[20],writeData[23:16],outR81);
    register8bit_DM r21_3(clk,reset,memWrite,decOut[20],writeData[15:8],outR82);
    register8bit_DM r21_4(clk,reset,memWrite,decOut[20],writeData[7:0],outR83);

    register8bit_DM r22_1(clk,reset,memWrite,decOut[21],writeData[31:24],outR84);
    register8bit_DM r22_2(clk,reset,memWrite,decOut[21],writeData[23:16],outR85);
    register8bit_DM r22_3(clk,reset,memWrite,decOut[21],writeData[15:8],outR86);
    register8bit_DM r22_4(clk,reset,memWrite,decOut[21],writeData[7:0],outR87);

    register8bit_DM r23_1(clk,reset,memWrite,decOut[22],writeData[31:24],outR88);
    register8bit_DM r23_2(clk,reset,memWrite,decOut[22],writeData[23:16],outR89);
    register8bit_DM r23_3(clk,reset,memWrite,decOut[22],writeData[15:8],outR90);
    register8bit_DM r23_4(clk,reset,memWrite,decOut[22],writeData[7:0],outR91);

    register8bit_DM r24_1(clk,reset,memWrite,decOut[23],writeData[31:24],outR92);
    register8bit_DM r24_2(clk,reset,memWrite,decOut[23],writeData[23:16],outR93);
    register8bit_DM r24_3(clk,reset,memWrite,decOut[23],writeData[15:8],outR94);
    register8bit_DM r24_4(clk,reset,memWrite,decOut[23],writeData[7:0],outR95);

    register8bit_DM r25_1(clk,reset,memWrite,decOut[24],writeData[31:24],outR96);
    register8bit_DM r25_2(clk,reset,memWrite,decOut[24],writeData[23:16],outR97);
    register8bit_DM r25_3(clk,reset,memWrite,decOut[24],writeData[15:8],outR98);
    register8bit_DM r25_4(clk,reset,memWrite,decOut[24],writeData[7:0],outR99);

    register8bit_DM r26_1(clk,reset,memWrite,decOut[25],writeData[31:24],outR100);
    register8bit_DM r26_2(clk,reset,memWrite,decOut[25],writeData[23:16],outR101);
    register8bit_DM r26_3(clk,reset,memWrite,decOut[25],writeData[15:8],outR102);
    register8bit_DM r26_4(clk,reset,memWrite,decOut[25],writeData[7:0],outR103);

    register8bit_DM r27_1(clk,reset,memWrite,decOut[26],writeData[31:24],outR104);
    register8bit_DM r27_2(clk,reset,memWrite,decOut[26],writeData[23:16],outR105);
    register8bit_DM r27_3(clk,reset,memWrite,decOut[26],writeData[15:8],outR106);
    register8bit_DM r27_4(clk,reset,memWrite,decOut[26],writeData[7:0],outR107);

    register8bit_DM r28_1(clk,reset,memWrite,decOut[27],writeData[31:24],outR108);
    register8bit_DM r28_2(clk,reset,memWrite,decOut[27],writeData[23:16],outR109);
    register8bit_DM r28_3(clk,reset,memWrite,decOut[27],writeData[15:8],outR110);
    register8bit_DM r28_4(clk,reset,memWrite,decOut[27],writeData[7:0],outR111);

    register8bit_DM r29_1(clk,reset,memWrite,decOut[28],writeData[31:24],outR112);
    register8bit_DM r29_2(clk,reset,memWrite,decOut[28],writeData[23:16],outR113);
    register8bit_DM r29_3(clk,reset,memWrite,decOut[28],writeData[15:8],outR114);
    register8bit_DM r29_4(clk,reset,memWrite,decOut[28],writeData[7:0],outR115);

    register8bit_DM r30_1(clk,reset,memWrite,decOut[29],writeData[31:24],outR116);
    register8bit_DM r30_2(clk,reset,memWrite,decOut[29],writeData[23:16],outR117);
    register8bit_DM r30_3(clk,reset,memWrite,decOut[29],writeData[15:8],outR118);
    register8bit_DM r30_4(clk,reset,memWrite,decOut[29],writeData[7:0],outR119);

    register8bit_DM r31_1(clk,reset,memWrite,decOut[30],writeData[31:24],outR120);
    register8bit_DM r31_2(clk,reset,memWrite,decOut[30],writeData[23:16],outR121);
    register8bit_DM r31_3(clk,reset,memWrite,decOut[30],writeData[15:8],outR122);
    register8bit_DM r31_4(clk,reset,memWrite,decOut[30],writeData[7:0],outR123);

    register8bit_DM r32_1(clk,reset,memWrite,decOut[31],writeData[31:24],outR124);
    register8bit_DM r32_2(clk,reset,memWrite,decOut[31],writeData[23:16],outR125);
    register8bit_DM r32_3(clk,reset,memWrite,decOut[31],writeData[15:8],outR126);
    register8bit_DM r32_4(clk,reset,memWrite,decOut[31],writeData[7:0],outR127);

    mux128to1_IM_DM muxDM (outR0,   outR1,   outR2,   outR3,   outR4,   outR5,   outR6,   outR7,
                        outR8,   outR9,   outR10,  outR11,  outR12,  outR13,  outR14,  outR15,
                        outR16,  outR17,  outR18,  outR19,  outR20,  outR21,  outR22,  outR23,
                        outR24,  outR25,  outR26,  outR27,  outR28,  outR29,  outR30,  outR31,
                        outR32,  outR33,  outR34,  outR35,  outR36,  outR37,  outR38,  outR39,
                        outR40,  outR41,  outR42,  outR43,  outR44,  outR45,  outR46,  outR47,
                        outR48,  outR49,  outR50,  outR51,  outR52,  outR53,  outR54,  outR55,
                        outR56,  outR57,  outR58,  outR59,  outR60,  outR61,  outR62,  outR63,
                        outR64,  outR65,  outR66,  outR67,  outR68,  outR69,  outR70,  outR71,
                        outR72,  outR73,  outR74,  outR75,  outR76,  outR77,  outR78,  outR79,
                        outR80,  outR81,  outR82,  outR83,  outR84,  outR85,  outR86,  outR87,
                        outR88,  outR89,  outR90,  outR91,  outR92,  outR93,  outR94,  outR95,
                        outR96,  outR97,  outR98,  outR99,  outR100, outR101, outR102, outR103,
                        outR104, outR105, outR106, outR107, outR108, outR109, outR110, outR111,
                        outR112, outR113, outR114, outR115, outR116, outR117, outR118, outR119,
                        outR120, outR121, outR122, outR123, outR124, outR125, outR126, outR127,
                        address, outmux);

    mux2to1_32bit m0 (32'bx, outmux, memRead, read_data);

endmodule

//add given two inputs
module adder(input [31:0] in1, input [31:0] in2, output reg [31:0] adder_out);
// WRITE CODE HERE

  always@(in1,in2)
    adder_out = in1+in2;

endmodule

// if number is -ve append all 1's at the start else append all 0's
module signExt16to32( input [15:0] offset, output reg [31:0] signExtOffset);
//WRITE CODE HERE
  
  always@(offset)
  begin
    signExtOffset[31:0] = offset[15:0];
  end
endmodule

// follow the table given in question pdf
module aluCtrl(input [1:0] aluOp, input [5:0] fun, output reg [3:0] operation);
//WRITE CODE HERE

  always@(aluOp, fun)
  begin
    casex(aluOp)
      2'b00: begin operation = 4'b0010; end
      2'bx1: begin operation = 4'b0110; end
      2'b1x:
      begin
          casex(fun)
          6'bxx0000: begin operation=4'b0010; end
          6'bxx0010: begin operation=4'b0110; end
          6'bxx0100: begin operation=4'b0000; end
          6'bxx0101: begin operation=4'b0001; end
          6'bxx1010: begin operation=4'b0111; end
          endcase 
      end
    endcase
  end
endmodule

// follow the table of control circuit given in pdf
module ctrlCkt	(input [5:0] opcode, output reg RegDst ,output reg jump, output reg ALUSrc, output reg MemtoReg, output reg RegWrite,
                  output reg MemRead , output reg MemWrite, output reg Branch , output reg [1:0]ALUOp );
//WRITE CODE HERE

  always@(*)
  begin
    casex(opcode)
      6'b000000: begin RegDst=1'b1; Branch=1'b0; MemRead=1'b0; MemtoReg=1'b0; ALUOp = 2'b10; MemWrite=1'b0; ALUSrc=1'b0; RegWrite=1'b1; jump=1'b0; end
      6'b001000: begin RegDst=0; Branch=0; MemRead=0;MemtoReg=0; ALUOp = 2'b00; MemWrite=0; ALUSrc=1; RegWrite=1; jump=0; end
      6'b100011: begin RegDst=0; Branch=0; MemRead=1; MemtoReg=1; ALUOp = 2'b00; MemWrite=0; ALUSrc=1; RegWrite=1; jump=0; end
      6'b101011: begin RegDst=1'bx; Branch=0; MemRead=0;MemtoReg=1'bx; ALUOp = 2'b00; MemWrite=1; ALUSrc=1; RegWrite=0; jump=0; end
      6'b000100: begin RegDst=1'bx; Branch=1; MemRead=0;MemtoReg=1'bx; ALUOp = 2'b01; MemWrite=0; ALUSrc=0; RegWrite=0; jump=0; end
      6'b000010: begin RegDst=1'bx; Branch=0; MemRead=1'bx;MemtoReg=1'bx; ALUOp = 2'bxx; MemWrite=1'bx; ALUSrc=1'bx; RegWrite=1'bx; jump=1; end
    endcase
  end
endmodule

//perform airthemtic or logical operations based on value of "operation"
module alu(input [31:0] aluIn1, input [31:0] aluIn2,input [3:0]operation ,output reg zero,output reg [31:0]aluOut);
//WRITE CODE HERE
 
  always@(*)
    begin
       case(operation)
        4'b0000: aluOut = aluIn1 & aluIn2;
        4'b0001: aluOut = aluIn1 | aluIn2;
        4'b0010: aluOut = aluIn1 + aluIn2;
        4'b0110: aluOut = aluIn1 - aluIn2;
        4'b0111: aluOut = (aluIn1 < aluIn2)? 32'd1 : 32'd0;
        4'b1100: aluOut = ~(aluIn1 | aluIn2);
        endcase
 
      if(aluOut==32'b0)
        zero = 1;
      else
        zero = 0;
    end
endmodule

module singleCycle(input clk, input reset);
// WRITE CODE HERE
        wire [31:0] inPC;
        wire [31:0] outPC;
 
        register32bit PCreg(clk, reset, 1'b1, 1'b1, inPC, outPC);			// creating program counter
 
        wire [31:0] IR;
        IM instructionMemory(clk, reset, outPC[6:2], IR);
 
        // control circuit
        wire RegDst, jump, ALUSrc, MemtoReg, RegWrite, MemRead, MemWrite, Branch;
        wire[1:0] ALUOp;
 
        ctrlCkt controlCircuit(IR[31:26], RegDst , jump, ALUSrc, MemtoReg, RegWrite, MemRead, MemWrite, Branch, ALUOp);
 
        // register file
        wire[4:0] writeRegister;
        mux2to1_5bit mx1(IR[20:16], IR[15:11], RegDst, writeRegister);
 
        wire[31:0] writeData, aluIn1, regRt;
        registerFile registers(clk, reset, RegWrite, IR[25:21], IR[20:16], writeRegister, writeData, aluIn1, regRt);
 
        // sign extend part
        wire[31:0] signExtOffset;
        signExt16to32 signExtend(IR[15:0], signExtOffset);
 
        wire[31:0] aluIn2;
        mux2to1_32bit mx2(regRt, signExtOffset, ALUSrc, aluIn2);
 
 
        // alu control
        wire[3:0] operation;
        wire zero;
        aluCtrl ALUControl(ALUOp, IR[5:0], operation);
        // ALU
        wire [31:0] aluOut;
        alu ALU(aluIn1, aluIn2, operation, zero, aluOut);

        // data memory
        wire [31:0] read_data;
        DM dataMemory(clk, reset, MemWrite, MemRead, aluOut[6:2], regRt, read_data);
 
        mux2to1_32bit mx3(aluOut, read_data, MemtoReg, writeData);
 
        // upper side of the circuit
        wire [31:0] PCplus4;
        adder add1(outPC, 32'd4, PCplus4);
 
        // shift left 2
        wire[31:0] jumpAddress;
 
        assign jumpAddress[31:28] = PCplus4[31:28];
        assign jumpAddress[27:2] = IR[25:0];
        assign jumpAddress[1:0] = 2'b00;
 
        // add2 part
        wire [31:0] t1, t2, t3;
        assign t1 = signExtOffset << 2;				// left shift sign extended wire by 2
 
        adder add2(PCplus4, t1, t2);
 
        wire w1;
        and g1(w1, Branch, zero);
 
        mux2to1_32bit mx4(PCplus4, t2, w1, t3);
        mux2to1_32bit mx5(t3, jumpAddress, jump, inPC);
 
endmodule

module singleCycleTestBench;
	reg clk;
	reg reset;
	singleCycle uut (.clk(clk), .reset(reset));

	always
	#5 clk=~clk;

	initial
	begin
    $dumpfile("2018A7PS0097G_Lab4.vcd");
    $dumpvars(0, singleCycleTestBench);
		clk=0; reset=1;
		#5  reset=0;
		#115 $finish;
	end
endmodule